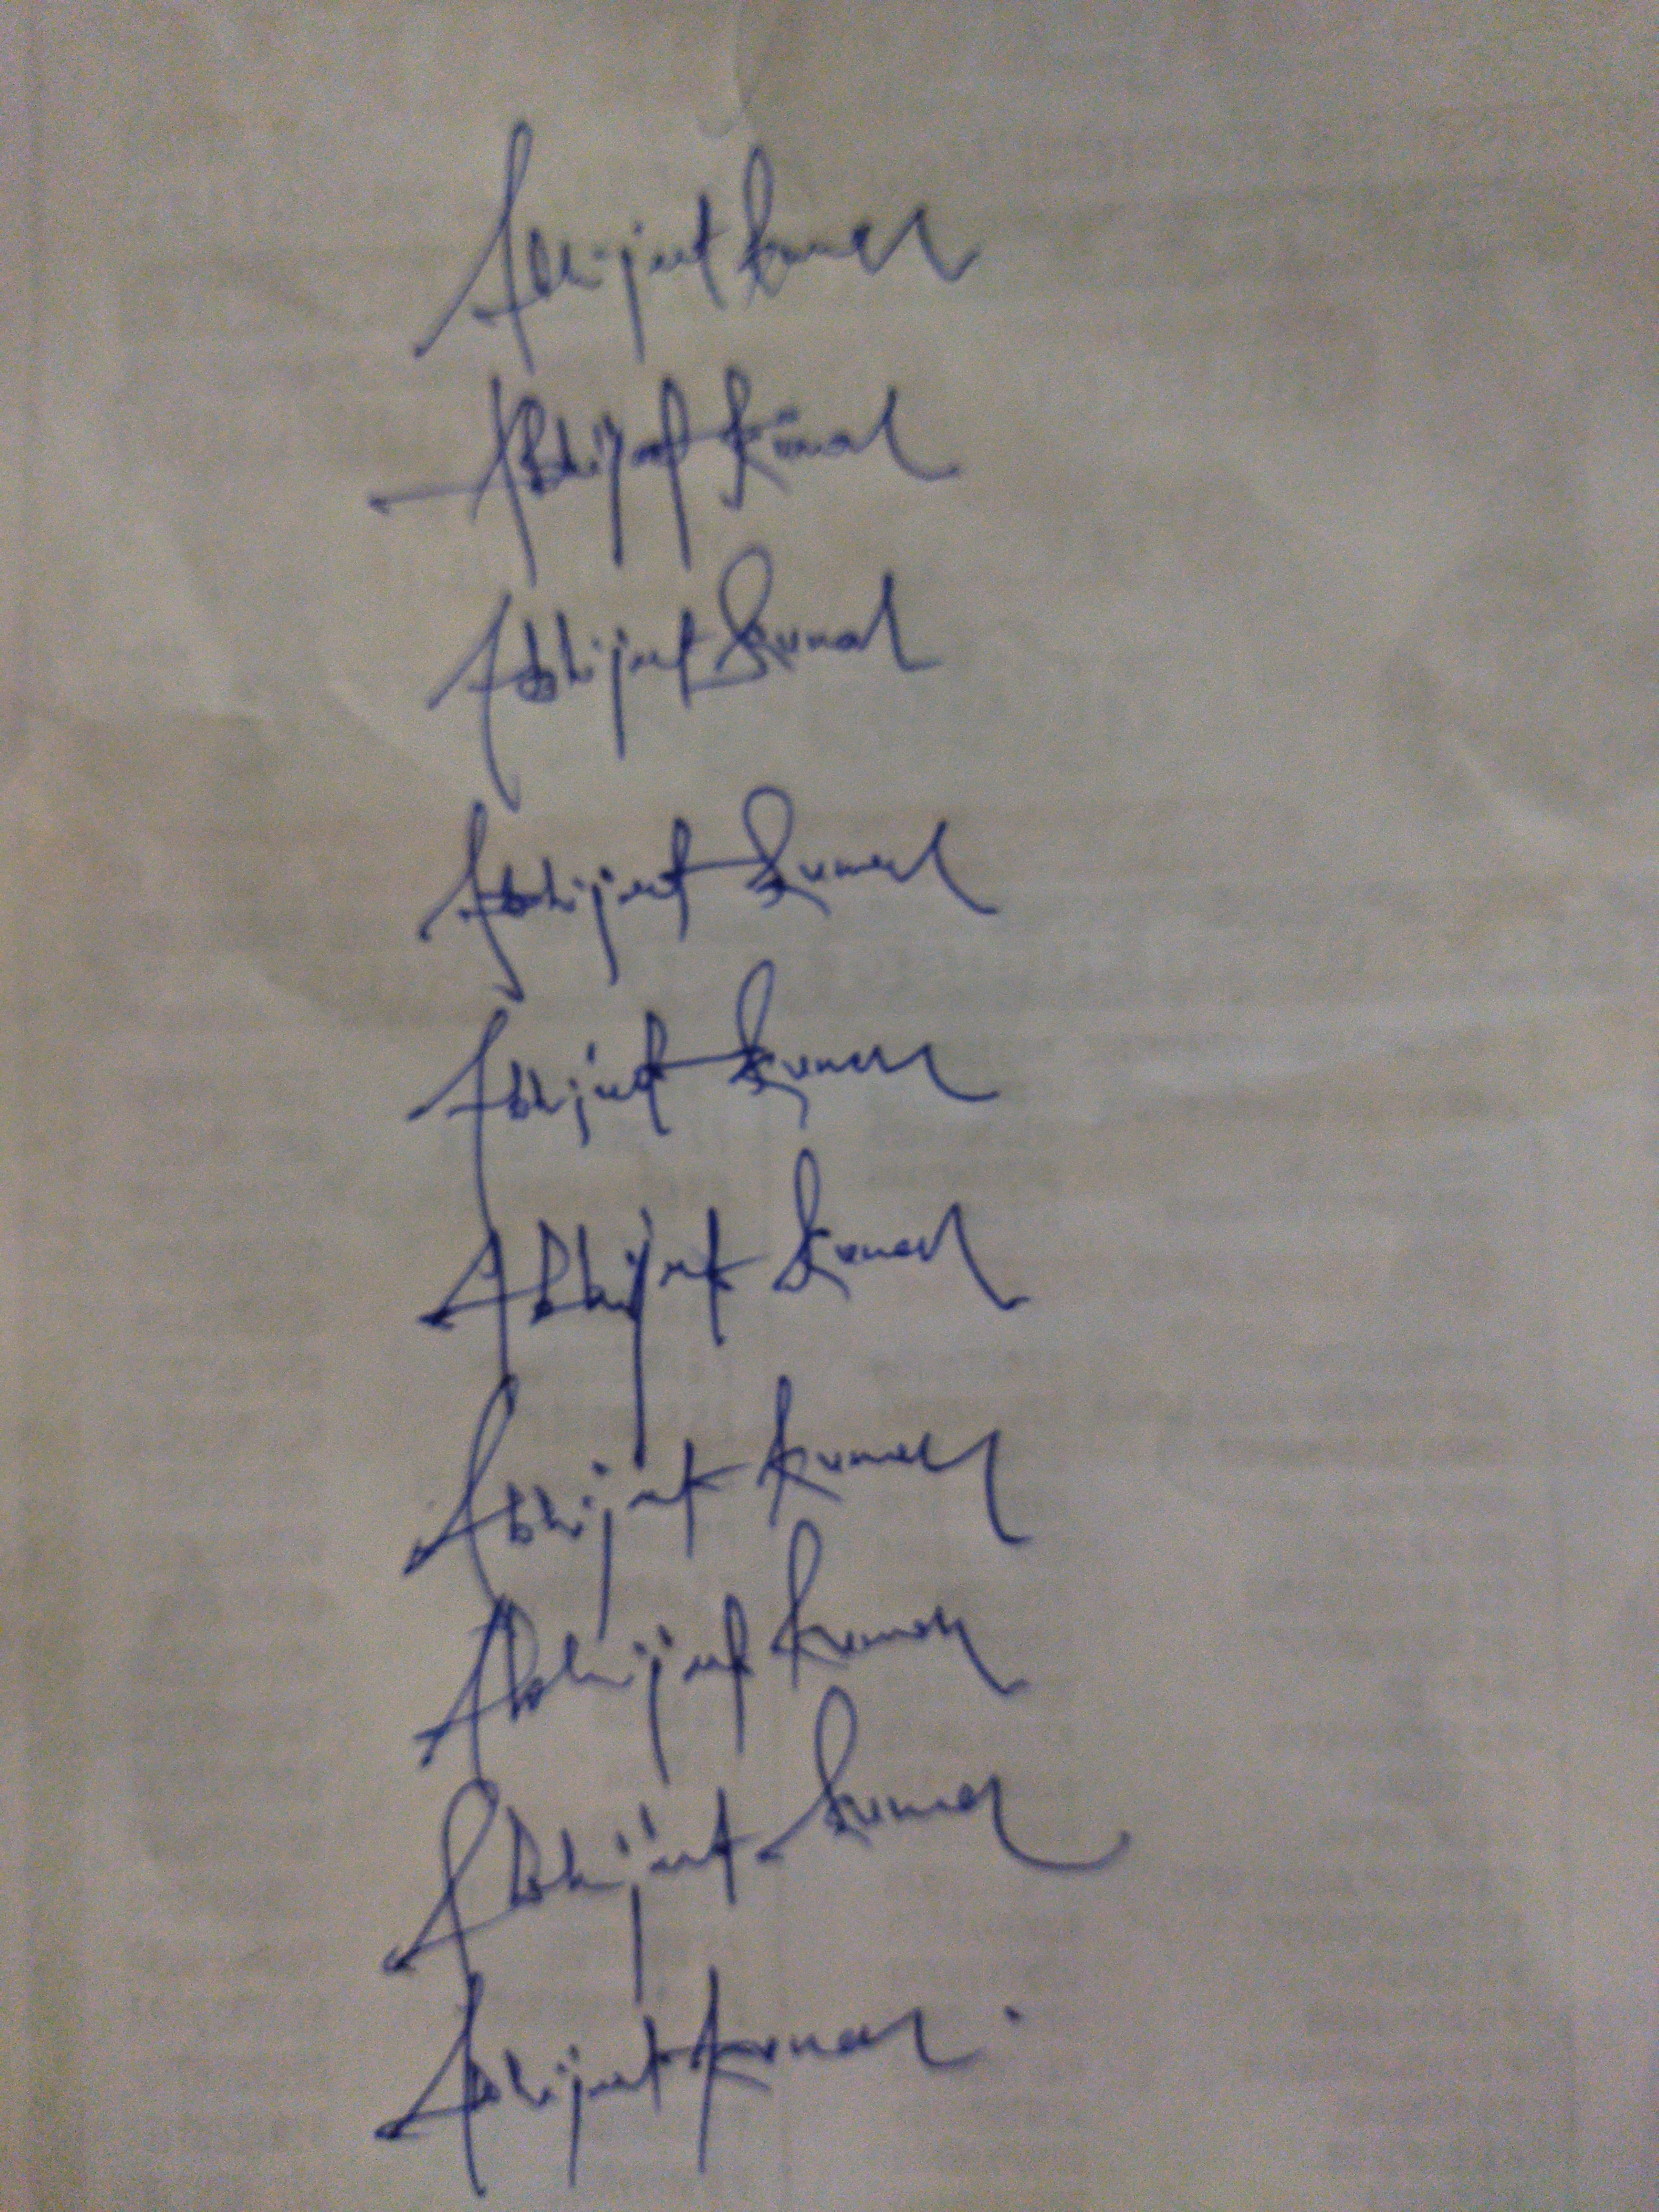
Signature authenticity: genuine